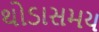
થોડાસમય